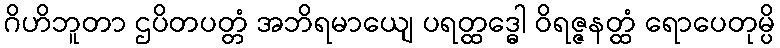
ဂိဟိဘူတာ ဌပိတပတ္တံ အဘိရမာယျေ ပရတ္ထဒ္ဓေါ ဝိရဇ္ဇနတ္ထံ ရောပေတုမ္ပိ